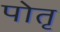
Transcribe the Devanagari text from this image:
पोतृ